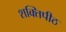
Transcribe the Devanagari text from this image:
शक्‍तिपीठ